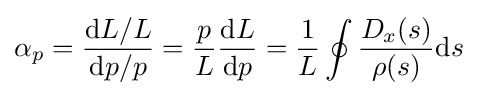
\alpha _{p}={\frac {\mathrm {d} L/L}{\mathrm {d} p/p}}={\frac {p}{L}}{\frac {\mathrm {d} L}{\mathrm {d} p}}={\frac {1}{L}}\oint {\frac {D_{x}(s)}{\rho (s)}}\mathrm {d} s